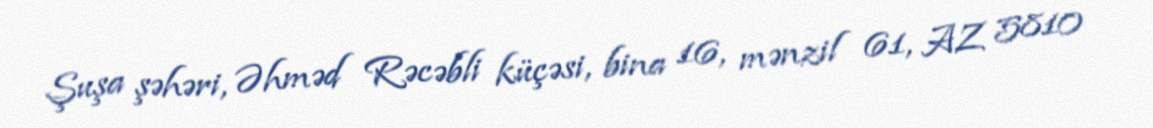
Şuşa şəhəri, Əhməd Rəcəbli küçəsi, bina 16, mənzil 61, AZ 5810